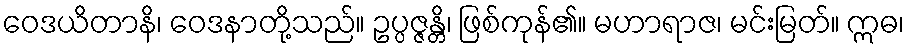
ဝေဒယိတာနိ၊ ဝေဒနာတို့သည်။ ဥပ္ပဇ္ဇန္တိ၊ ဖြစ်ကုန်၏။ မဟာရာဇ၊ မင်းမြတ်။ ဣဓ၊